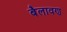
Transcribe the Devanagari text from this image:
बैलावण